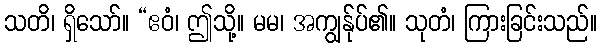
သတိ၊ ရှိသော်။ “ဧဝံ၊ ဤသို့။ မမ၊ အကျွန်ုပ်၏။ သုတံ၊ ကြားခြင်းသည်။